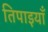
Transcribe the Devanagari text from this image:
तिपाइयाँ